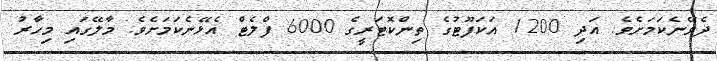
ދެވޭނެކަމަށެވެ. އަދި 1200 އަކަފޫޓުގެ ތިންކޮޓަރީގެ 6000 ފްލެޓް އެޅޭނެކަމަށެވެ. މާލޭގައި މިހާރު